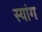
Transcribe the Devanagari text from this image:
स्‍यांग